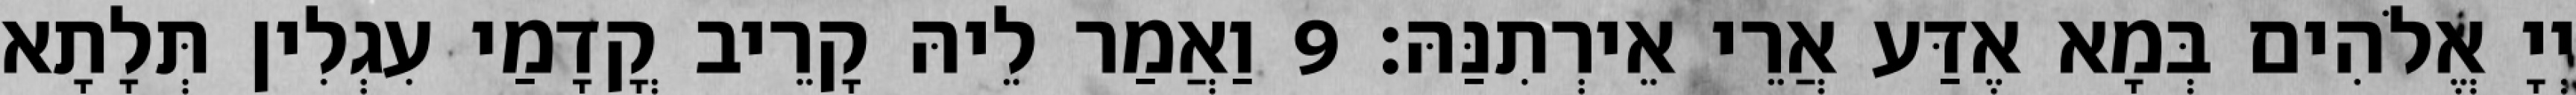
יְיָ אֱלֹהִים בְּמָא אֶדַּע אֲרֵי אֵירְתִנַּהּ׃ 9 וַאֲמַר לֵיהּ קָרֵיב קֳדָמַי עִגְלִין תְּלָתָא